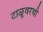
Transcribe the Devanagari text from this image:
टाळूवरची